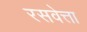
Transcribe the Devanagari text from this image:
रसवेत्ता